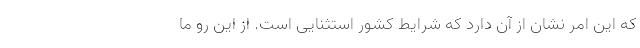
که این امر نشان از آن دارد که شرایط کشور استثنایی است. از این رو ما